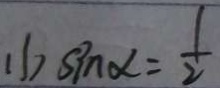
( 1 ) \sin \alpha = \frac { 1 } { 2 }